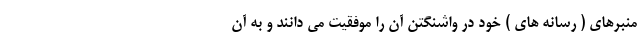
منبرهای ( رسانه های ) خود در واشنگتن آن را موفقیت می دانند و به آن